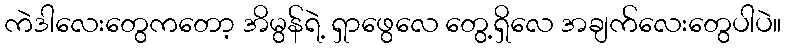
ကဲဒါလေးတွေကတော့ အိမွန်ရဲ့ ရှာဖွေလေ တွေ့ရှိလေ အချက်လေးတွေပါပဲ။